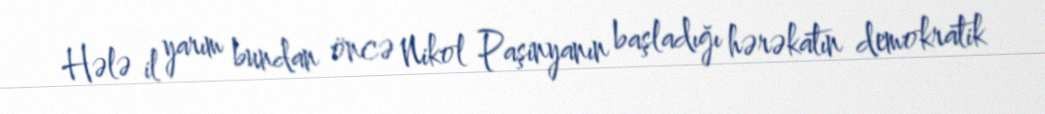
Hələ il yarım bundan öncə Nikol Paşinyanın başladığı hərəkatın demokratik